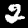
Label: 2